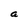
Character: a